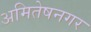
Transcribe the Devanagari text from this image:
अमितेषनगर